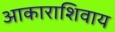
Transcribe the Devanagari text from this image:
आकाराशिवाय